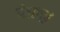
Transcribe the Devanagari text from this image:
पंजगूर